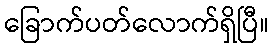
ခြောက်ပတ်လောက်ရှိပြီ။